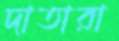
দাতারা